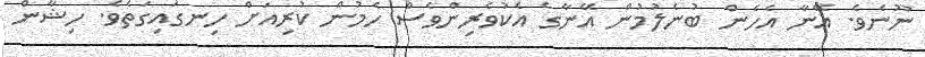
ނޫނެވެ. އޭނާ އެހެން ބުނެލުމުން އޭނާގެ އެކުވެރިންވެސް ހެމުން ކުރިއަށް ހިނގައިގަތެވެ. ހިޝާން